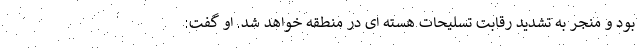
بود و منجر به تشدید رقابت تسلیحات هسته ای در منطقه خواهد شد. او گفت: